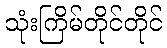
သုံးကြိမ်တိုင်တိုင်